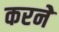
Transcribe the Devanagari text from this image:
करनेे